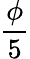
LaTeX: \frac{\phi}{5}